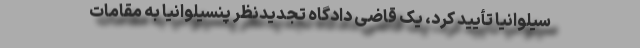
سیلوانیا تأیید کرد، یک قاضی دادگاه تجدیدنظر پنسیلوانیا به مقامات